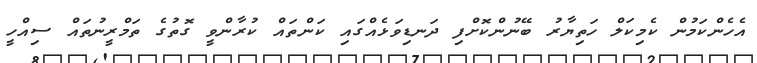
އެހެންކަމުން ކެމިކަލް ހަތިޔާރު ބޭނުންކޮށްފި ދަނޑިވަޅެއްގައި ކަންތައް ކުރާންވީ ގޮތުގެ ތަމްރީނުތައް ސިއްހީ